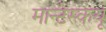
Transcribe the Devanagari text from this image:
मान्टेस्कयू